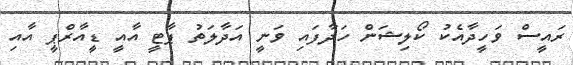
ރައީސް ވަހީދާއެކު ކޯލިޝަން ހަދާފައި ވަނީ އަދާލަތު ޕާޓީ އާއީ ޑީއާރްޕީ އާއި